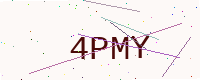
Text: 4PMY